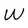
Character: W